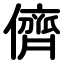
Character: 儕